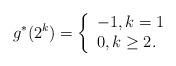
LaTeX: \begin{align*} g^*(2^k)=\left \{ \begin{array}{ll} -1, k=1\\ 0, k\ge 2. \end{array}\right. \end{align*}